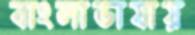
বাংলাভাষায়